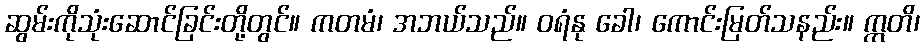
ဆွမ်းကိုသုံးဆောင်ခြင်းတို့တွင်။ ကတမံ၊ အဘယ်သည်။ ဝရံနု ခေါ၊ ကောင်းမြတ်သနည်း။ ဣတိ၊